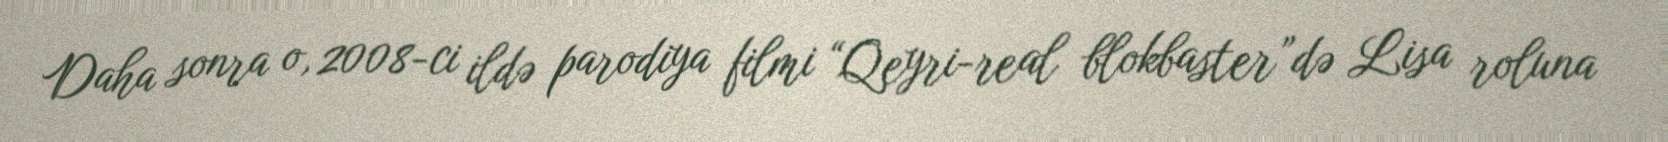
Daha sonra o, 2008-ci ildə parodiya filmi “Qeyri-real blokbaster”də Lisa roluna